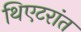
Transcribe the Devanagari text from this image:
थिएटरांत